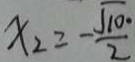
x _ { 2 } = - \frac { \sqrt { 1 0 } \cdot } { 2 }